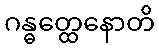
ဂန္ဓတ္ထေနောတိ